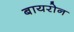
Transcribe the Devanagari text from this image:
बायरोन